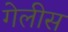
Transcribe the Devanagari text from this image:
गेलीस